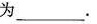
为_______。____